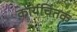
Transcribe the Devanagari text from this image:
कार्यचिंतक